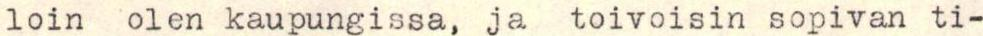
loin olen kaupungissa, ja toivoisin sopivan ti-